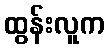
ထွန်းလူက